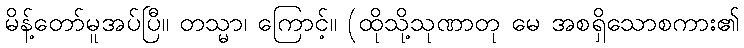
မိန့်တော်မူအပ်ပြီ။ တသ္မာ၊ ကြောင့်။ (ထိုသို့သုဏာတု မေ အစရှိသောစကား၏